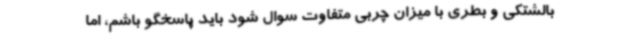
بالشتکی و بطری با میزان چربی متفاوت سوال شود باید پاسخگو باشم، اما